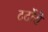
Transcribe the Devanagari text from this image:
टर्टोरो